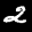
Label: 2